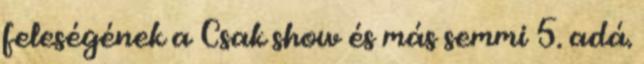
feleségének a Csak show és más semmi 5. adá.